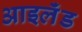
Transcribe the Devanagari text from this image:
आइलॅंड